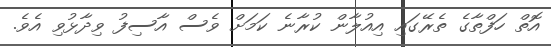
އޮތް ހަފްތާގެ ތެރޭގައި އިއުލާން ކުރާނެ ކަމަށް ވެސް އާސިފު ވިދާޅުވި އެވެ.